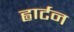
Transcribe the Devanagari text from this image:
ह्वार्टन